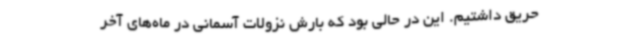
حریق داشتیم. این در حالی بود که بارش نزولات آسمانی در ماه‌های آخر